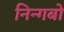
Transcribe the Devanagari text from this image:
निन्गबो